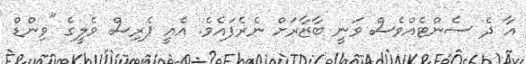
އާ ދެ ސެންޓެއްވެސް ވަނީ ބާޒާރަށް ނެރެފައެވެ. އެއީ ޕެރިސް ވެލީގެ "ވިންޑް